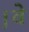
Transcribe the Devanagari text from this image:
।वे